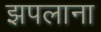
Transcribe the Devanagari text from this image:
झपलाना